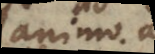
animo ac